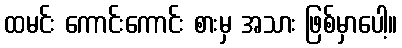
ထမင်း ကောင်းကောင်း စားမှ အသား ဖြစ်မှာပေါ့။